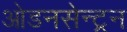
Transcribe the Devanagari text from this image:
ओडनसेन्ट्रन